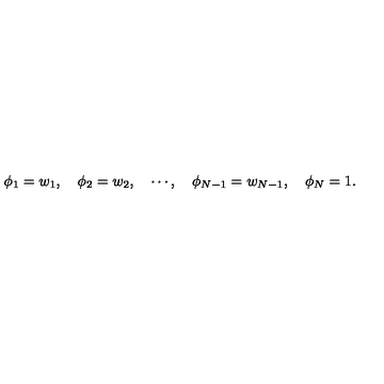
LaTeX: \phi _ { 1 } = w _ { 1 } , \quad \phi _ { 2 } = w _ { 2 } , \quad \cdots , \quad \phi _ { N - 1 } = w _ { N - 1 } , \quad \phi _ { N } = 1 .